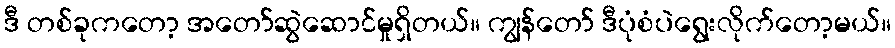
ဒီ တစ်ခုကတော့ အတော်ဆွဲဆောင်မှုရှိတယ်။ ကျွန်တော် ဒီပုံစံပဲရွေးလိုက်တော့မယ်။